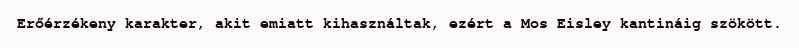
Erőérzékeny karakter, akit emiatt kihasználtak, ezért a Mos Eisley kantináig szökött.